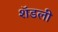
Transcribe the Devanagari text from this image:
शॅडली